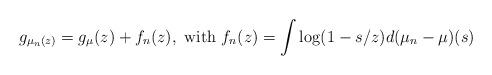
LaTeX: \begin{align*}g_{\mu_n(z)}=g_\mu(z)+f_n(z),\mbox{ with } f_n(z)=\int\log(1-s/z)d(\mu_n-\mu)(s)\end{align*}